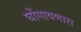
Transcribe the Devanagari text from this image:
घोंगावणारा